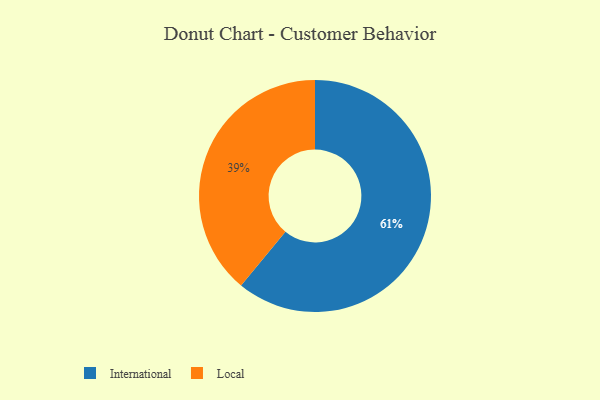
{"axis": {"x": "Category", "y": "Percentage"}, "legend": ["International", "Local"], "data": [{"x": "International", "y": 61, "type": "International"}, {"x": "Local", "y": 39, "type": "Local"}]}